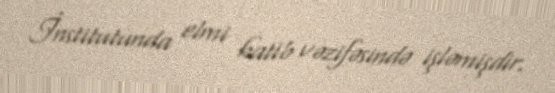
İnstitutunda elmi katib vəzifəsində işləmişdir.